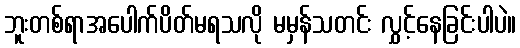
ဘူးတစ်ရာအပေါက်ပိတ်မရသလို မမှန်သတင်း လွှင့်နေခြင်းပါပဲ။